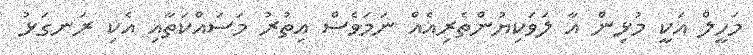
މަހީލް އަކީ މުޅިން އާ ލަވަކިޔުންތެރިއެއް ނަމަވެސް އިތުރު މަސައްކަތާއި އެކި ރަނގަޅު